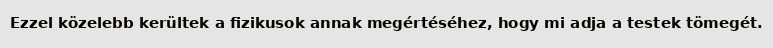
Ezzel közelebb kerültek a fizikusok annak megértéséhez, hogy mi adja a testek tömegét.